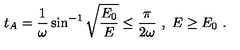
t _ { A } = \frac { 1 } { \omega } \sin ^ { - 1 } \sqrt { \frac { E _ { 0 } } { E } } \leq \frac { \pi } { 2 \omega } \ , \ E \geq E _ { 0 } \ .